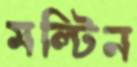
মল্টিন